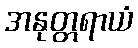
အနုတ္တရာယံ